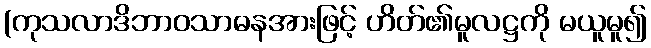
(ကုသလာဒိဘာဝသာဓနအားဖြင့် ဟိတ်၏မူလဋ္ဌကို မယူမူ၍